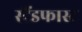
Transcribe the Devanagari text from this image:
स्टैंडफास्ट